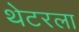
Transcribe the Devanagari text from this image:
थेटरला